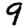
Digit: 9